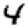
Digit: 4